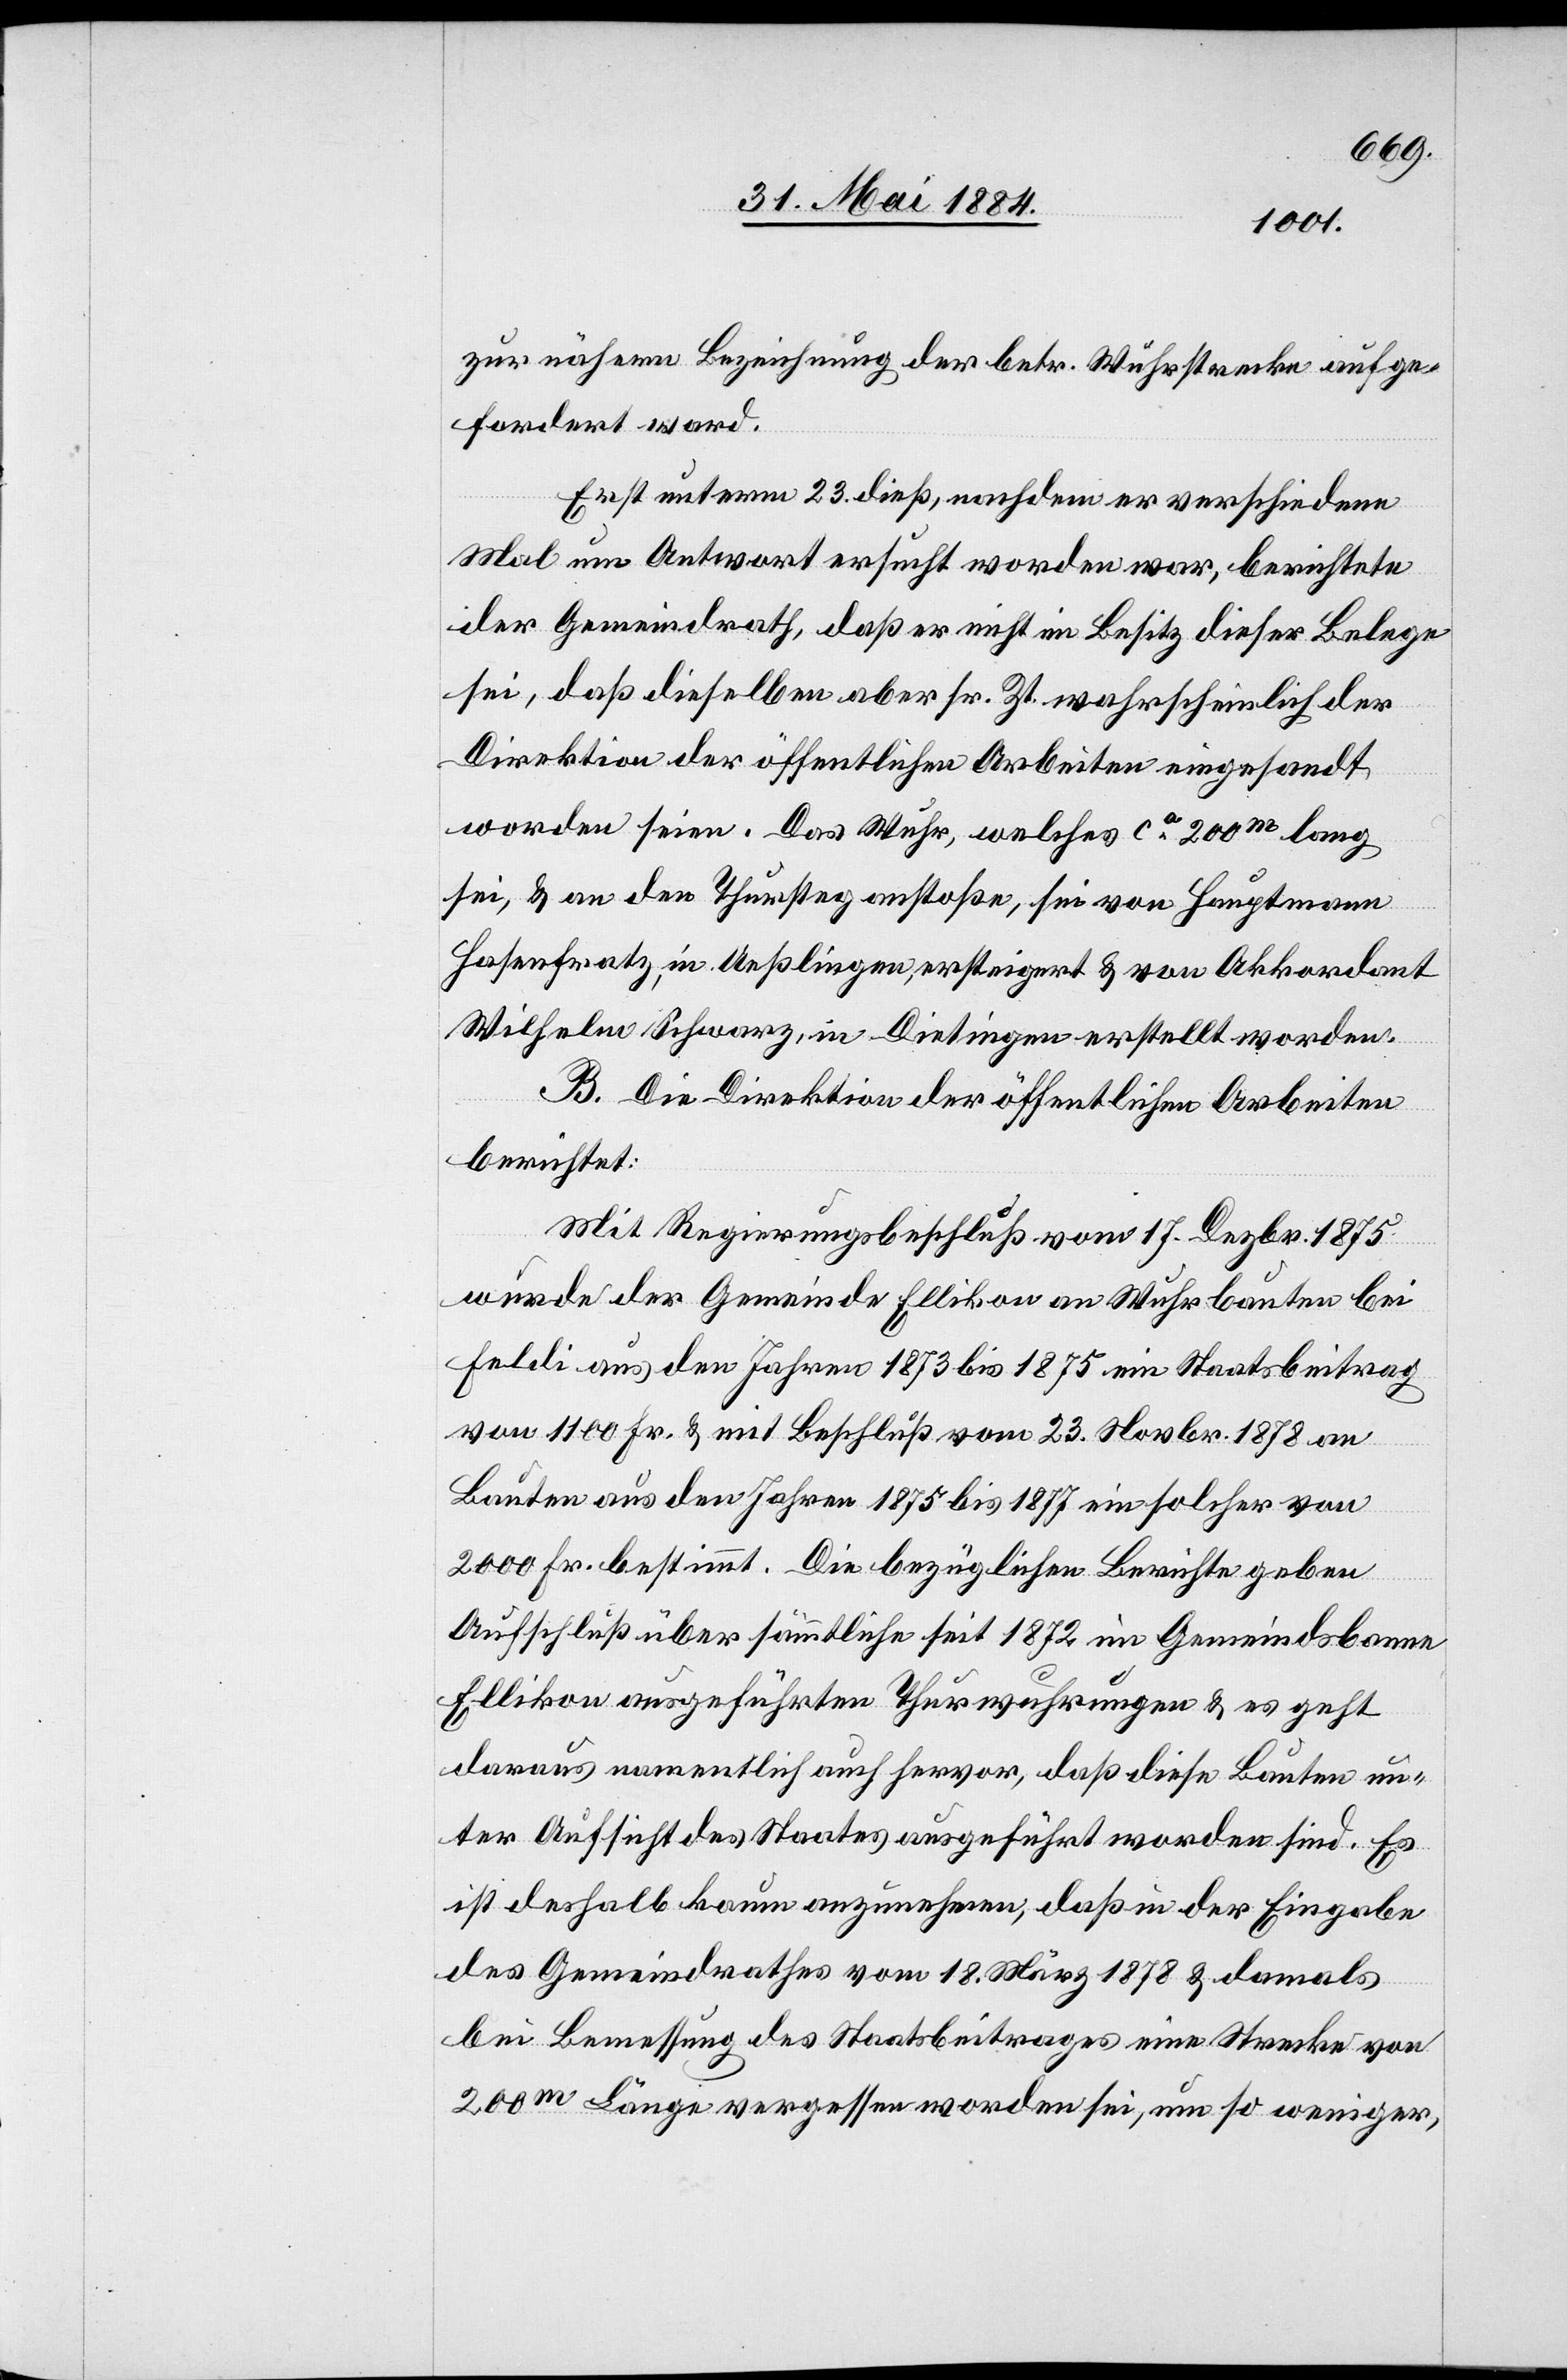
zur näheren Bezeichnung der betr. Wuhrstrecken aufge¬
fordert ward.
Erst unterm 23. dieß, nachdem er verschiedene
Mal um Antwort ersucht worden war, berichtete
der Gemeindrath, daß er nicht in Besitz dieser Belege
sei, daß dieselben aber sr. Zt. wahrscheinlich der
Direktion der öffentlichen Arbeiten eingesandt
worden seien. Das Wuhr, welches ca 200m lang
sei, & an den Thursteg anstoße, sei von Hauptmann
Hasenfratz, in Ueßlingen, ersteigert & von Akkordant
Wilhelm Schwarz, in Dietingen erstellt worden.
B. Die Direktion der öffentlichen Arbeiten
berichtet:
Mit Regierungsbeschluß vom 17. Dezbr. 1875
wurde der Gemeinde Ellikon an Wuhrbauten bei
Feldi aus den Jahren 1873 bis 1875 ein Staatsbeitrag
von 1100 Fr. & mit Beschluß vom 23. Novbr. 1878 an
Bauten aus den Jahren 1875 bis 1877 ein solcher von
2000 Fr. bestimmt. Die bezüglichen Berichte geben
Aufschluß über sämtliche seit 1872 im Gemeindsbanne
Ellikon ausgeführten Thurwuhrungen & es geht
daraus namentlich auch hervor, daß diese Bauten un¬
ter Aufsicht des Staates ausgeführt worden sind. Es
ist deshalb kaum anzunehmen, daß in der Eingabe
des Gemeindrathes vom 18. März 1878 & damals
bei Bemessung des Staatsbeitrages eine Strecke von
200m Länge vergessen worden sei, um so weniger,